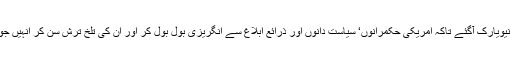
واشنگٹن میں کامیابیوں کے جھنڈے گاڑ کر صدر آصف علی زرداری نیویارک آگئے تاکہ امریکی حکمرانوں‘ سیاست دانوں اور ذرائع ابلاغ سے انگریزی بول بول کر اور ان کی تلخ ترش سن کر انہیں جو تھکاوٹ ہو گئی ہے‘ اسے نیویارک کے آسودہ ماحول میں اتار سکیں۔